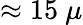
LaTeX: \approx 15~\mu